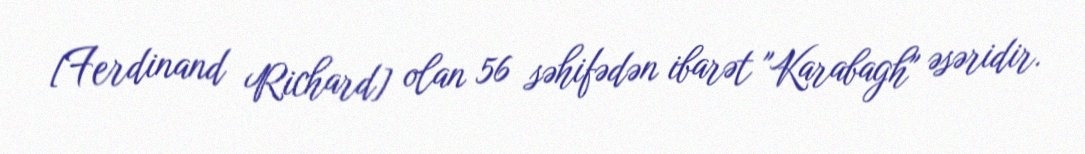
[Ferdinand Richard] olan 56 səhifədən ibarət "Karabagh" əsəridir.